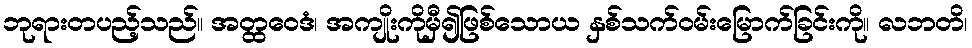
ဘုရားတပည့်သည်။ အတ္ထဝေဒံ၊ အကျိုးကိုမှီ၍ဖြစ်သောယ နှစ်သက်ဝမ်းမြောက်ခြင်းကို။ လဘတိ၊